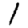
Digit: 1